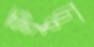
ক্ষ্রুদ্ধ